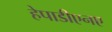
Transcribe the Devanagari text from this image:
हेपाडीएनए